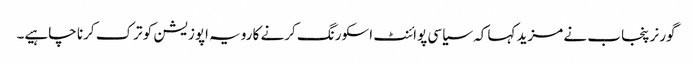
گورنر پنجاب نے مزید کہا کہ سیاسی پوائنٹ اسکورنگ کرنے کا رویہ اپوزیشن کو ترک کرنا چاہیے۔